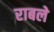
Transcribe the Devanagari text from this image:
राबले